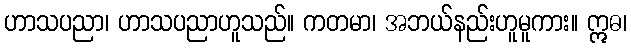
ဟာသပညာ၊ ဟာသပညာဟူသည်။ ကတမာ၊ အဘယ်နည်းဟူမူကား။ ဣဓ၊